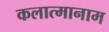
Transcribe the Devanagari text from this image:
कलात्मानाम